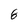
Character: 8